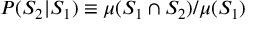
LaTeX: P ( S _ { 2 } | S _ { 1 } ) \equiv \mu ( S _ { 1 } \cap S _ { 2 } ) / \mu ( S _ { 1 } )